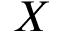
X